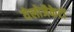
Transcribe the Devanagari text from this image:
येलोजैकेटों